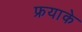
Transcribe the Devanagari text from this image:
फ्रयाके